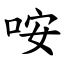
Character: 咹